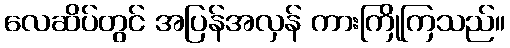
လေဆိပ်တွင် အပြန်အလှန် ကားကြိုကြသည်။